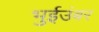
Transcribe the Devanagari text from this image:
भुईउंबर